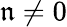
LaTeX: \mathfrak{n}\ne 0